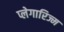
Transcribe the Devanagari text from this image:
प्लेगारिज्म